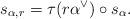
LaTeX: \begin{align*}s_{\alpha,r}=\tau(r\alpha^\vee) \circ s_{\alpha}.\end{align*}